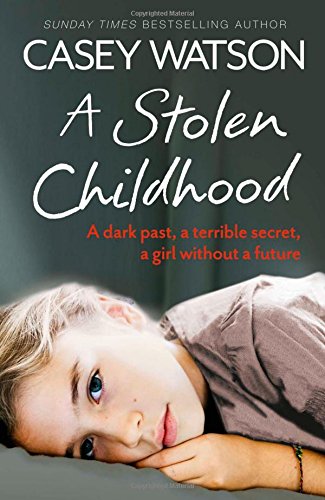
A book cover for A Stolen Childhood; Casey Watson; Biographies & Memoirs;